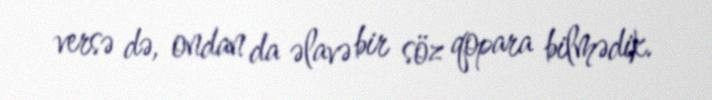
versə də, ondan da əlavə bir söz qopara bilmədik.